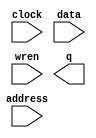
// megafunction wizard: %RAM: 1-PORT%VBB%
// GENERATION: STANDARD
// VERSION: WM1.0
// MODULE: altsyncram 

// ============================================================
// Megafunction Name(s):
// 			altsyncram
//
// Simulation Library Files(s):
// 			altera_mf
// ============================================================
// ************************************************************
// THIS IS A WIZARD-GENERATED FILE. DO NOT EDIT THIS FILE!
//
// 15.0.0 Build 145 04/22/2015 SJ Web Edition
// ************************************************************

//Copyright (C) 1991-2015 Altera Corporation. All rights reserved.
//Your use of Altera Corporation's design tools, logic functions 
//and other software and tools, and its AMPP partner logic 
//functions, and any output files from any of the foregoing 
//(including device programming or simulation files), and any 
//associated documentation or information are expressly subject 
//to the terms and conditions of the Altera Program License 
//Subscription Agreement, the Altera Quartus II License Agreement,
//the Altera MegaCore Function License Agreement, or other 
//applicable license agreement, including, without limitation, 
//that your use is for the sole purpose of programming logic 
//devices manufactured by Altera and sold by Altera or its 
//authorized distributors.  Please refer to the applicable 
//agreement for further details.

module RAM (
	address,
	clock,
	data,
	wren,
	q);

	input	[7:0]  address;
	input	  clock;
	input	[7:0]  data;
	input	  wren;
	output	[7:0]  q;
`ifndef ALTERA_RESERVED_QIS
// synopsys translate_off
`endif
	tri1	  clock;
`ifndef ALTERA_RESERVED_QIS
// synopsys translate_on
`endif

endmodule

// ============================================================
// CNX file retrieval info
// ============================================================
// Retrieval info: PRIVATE: ADDRESSSTALL_A NUMERIC "0"
// Retrieval info: PRIVATE: AclrAddr NUMERIC "0"
// Retrieval info: PRIVATE: AclrByte NUMERIC "0"
// Retrieval info: PRIVATE: AclrData NUMERIC "0"
// Retrieval info: PRIVATE: AclrOutput NUMERIC "0"
// Retrieval info: PRIVATE: BYTE_ENABLE NUMERIC "0"
// Retrieval info: PRIVATE: BYTE_SIZE NUMERIC "8"
// Retrieval info: PRIVATE: BlankMemory NUMERIC "1"
// Retrieval info: PRIVATE: CLOCK_ENABLE_INPUT_A NUMERIC "0"
// Retrieval info: PRIVATE: CLOCK_ENABLE_OUTPUT_A NUMERIC "0"
// Retrieval info: PRIVATE: Clken NUMERIC "0"
// Retrieval info: PRIVATE: DataBusSeparated NUMERIC "1"
// Retrieval info: PRIVATE: IMPLEMENT_IN_LES NUMERIC "0"
// Retrieval info: PRIVATE: INIT_FILE_LAYOUT STRING "PORT_A"
// Retrieval info: PRIVATE: INIT_TO_SIM_X NUMERIC "0"
// Retrieval info: PRIVATE: INTENDED_DEVICE_FAMILY STRING "Cyclone V"
// Retrieval info: PRIVATE: JTAG_ENABLED NUMERIC "0"
// Retrieval info: PRIVATE: JTAG_ID STRING "NONE"
// Retrieval info: PRIVATE: MAXIMUM_DEPTH NUMERIC "0"
// Retrieval info: PRIVATE: MIFfilename STRING ""
// Retrieval info: PRIVATE: NUMWORDS_A NUMERIC "256"
// Retrieval info: PRIVATE: RAM_BLOCK_TYPE NUMERIC "0"
// Retrieval info: PRIVATE: READ_DURING_WRITE_MODE_PORT_A NUMERIC "3"
// Retrieval info: PRIVATE: RegAddr NUMERIC "1"
// Retrieval info: PRIVATE: RegData NUMERIC "1"
// Retrieval info: PRIVATE: RegOutput NUMERIC "1"
// Retrieval info: PRIVATE: SYNTH_WRAPPER_GEN_POSTFIX STRING "0"
// Retrieval info: PRIVATE: SingleClock NUMERIC "1"
// Retrieval info: PRIVATE: UseDQRAM NUMERIC "1"
// Retrieval info: PRIVATE: WRCONTROL_ACLR_A NUMERIC "0"
// Retrieval info: PRIVATE: WidthAddr NUMERIC "8"
// Retrieval info: PRIVATE: WidthData NUMERIC "8"
// Retrieval info: PRIVATE: rden NUMERIC "0"
// Retrieval info: LIBRARY: altera_mf altera_mf.altera_mf_components.all
// Retrieval info: CONSTANT: CLOCK_ENABLE_INPUT_A STRING "BYPASS"
// Retrieval info: CONSTANT: CLOCK_ENABLE_OUTPUT_A STRING "BYPASS"
// Retrieval info: CONSTANT: INTENDED_DEVICE_FAMILY STRING "Cyclone V"
// Retrieval info: CONSTANT: LPM_HINT STRING "ENABLE_RUNTIME_MOD=NO"
// Retrieval info: CONSTANT: LPM_TYPE STRING "altsyncram"
// Retrieval info: CONSTANT: NUMWORDS_A NUMERIC "256"
// Retrieval info: CONSTANT: OPERATION_MODE STRING "SINGLE_PORT"
// Retrieval info: CONSTANT: OUTDATA_ACLR_A STRING "NONE"
// Retrieval info: CONSTANT: OUTDATA_REG_A STRING "CLOCK0"
// Retrieval info: CONSTANT: POWER_UP_UNINITIALIZED STRING "FALSE"
// Retrieval info: CONSTANT: READ_DURING_WRITE_MODE_PORT_A STRING "NEW_DATA_NO_NBE_READ"
// Retrieval info: CONSTANT: WIDTHAD_A NUMERIC "8"
// Retrieval info: CONSTANT: WIDTH_A NUMERIC "8"
// Retrieval info: CONSTANT: WIDTH_BYTEENA_A NUMERIC "1"
// Retrieval info: USED_PORT: address 0 0 8 0 INPUT NODEFVAL "address[7..0]"
// Retrieval info: USED_PORT: clock 0 0 0 0 INPUT VCC "clock"
// Retrieval info: USED_PORT: data 0 0 8 0 INPUT NODEFVAL "data[7..0]"
// Retrieval info: USED_PORT: q 0 0 8 0 OUTPUT NODEFVAL "q[7..0]"
// Retrieval info: USED_PORT: wren 0 0 0 0 INPUT NODEFVAL "wren"
// Retrieval info: CONNECT: @address_a 0 0 8 0 address 0 0 8 0
// Retrieval info: CONNECT: @clock0 0 0 0 0 clock 0 0 0 0
// Retrieval info: CONNECT: @data_a 0 0 8 0 data 0 0 8 0
// Retrieval info: CONNECT: @wren_a 0 0 0 0 wren 0 0 0 0
// Retrieval info: CONNECT: q 0 0 8 0 @q_a 0 0 8 0
// Retrieval info: GEN_FILE: TYPE_NORMAL RAM.v TRUE
// Retrieval info: GEN_FILE: TYPE_NORMAL RAM.inc FALSE
// Retrieval info: GEN_FILE: TYPE_NORMAL RAM.cmp FALSE
// Retrieval info: GEN_FILE: TYPE_NORMAL RAM.bsf FALSE
// Retrieval info: GEN_FILE: TYPE_NORMAL RAM_inst.v FALSE
// Retrieval info: GEN_FILE: TYPE_NORMAL RAM_bb.v TRUE
// Retrieval info: LIB_FILE: altera_mf